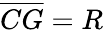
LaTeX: {\overline{{CG}}}=R